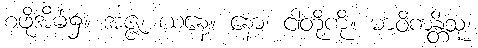
စဖိုအိမ်၌။ အဇ္ဇ၊ ယနေ့။ နော၊ ငါတို့ကို။ မာဝိကန္တိံသု၊